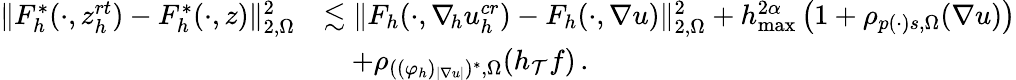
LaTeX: \begin{array}{rl}{\| F_{h}^{*}(\cdot,z_{h}^{\textit{rt}})-F_{h}^{*}(\cdot,z)\| _{2,\Omega}^{2}}&{\lesssim\| F_{h}(\cdot,\nabla_{\! h}u_{h}^{\textit{cr}})-F_{h}(\cdot,\nabla u)\| _{2,\Omega}^{2}+h_{\operatorname*{max}}^{2\alpha}\, \big(1+\rho_{p(\cdot)s,\Omega}(\nabla u)\big)}\\ &{\quad+\rho_{((\varphi_{h})_{\smash{\vert\nabla u\vert}})^{*},\Omega}(h_{\mathcal{T}}f)\, .}\end{array}